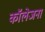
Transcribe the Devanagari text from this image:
कॉलेजना